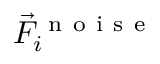
\vec { F } _ { i } ^ { \mathrm { ~ n ~ o ~ i ~ s ~ e ~ } }